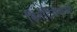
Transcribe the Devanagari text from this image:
डिमेंटियेवाला